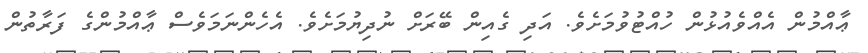
ޢާއްމުން އެއްވެއުޅުން ހުއްޓުވުމަށެވެ. އަދި ގެއިން ބޭރަށް ނުދިޔުމަށެވެ. އެހެންނަމަވެސް ޢާއްމުންގެ ފަރާތުން